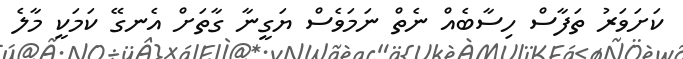
ކަށަވަރު ތަފާސް ހިސާބެއް ނެތް ނަމަވެސް ޔަގީނާ ގާތަށް އެނގޭ ކަމަކީ މާލެ